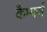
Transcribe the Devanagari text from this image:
कैम्पर्स